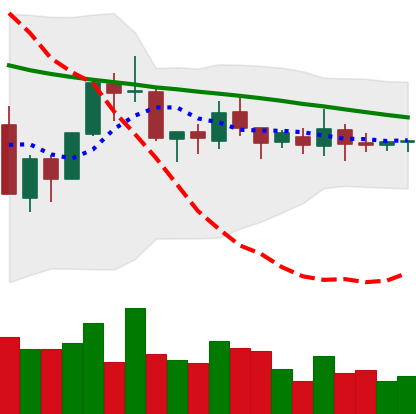
Ticker: XMR-USD
Chart end date: 2018-10-06
Forward return: -12.763%
Label: down_7plus